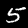
Digit: 5